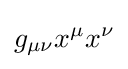
g_{\mu \nu }x^{\mu }x^{\nu }